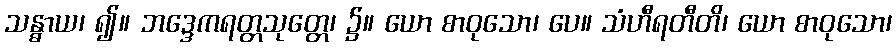
သန္ဓာယ၊ ၍။ ဘဒ္ဒေကရတ္တသုတ္တေ၊ ၌။ ယော စာဝုသော၊ ပေ။ သံဟီရတီတိ၊ ယော စာဝုသော၊